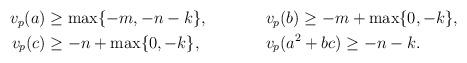
LaTeX: \begin{align*} \begin{aligned} v_p(a) & \geq \max \{ -m,-n-k\}, & \phantom{xxxxx} & v_p(b) \geq -m+\max\{0,-k\}, \\ v_p(c) & \geq -n+\max\{0,-k\}, && v_p(a^2+bc) \geq -n-k. \end{aligned} \end{align*}